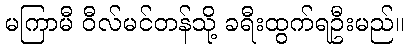
မကြာမီ ဝီလ်မင်တန်သို့ ခရီးထွက်ရဦးမည်။